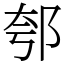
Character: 郀